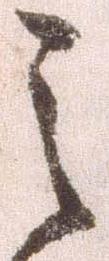
之